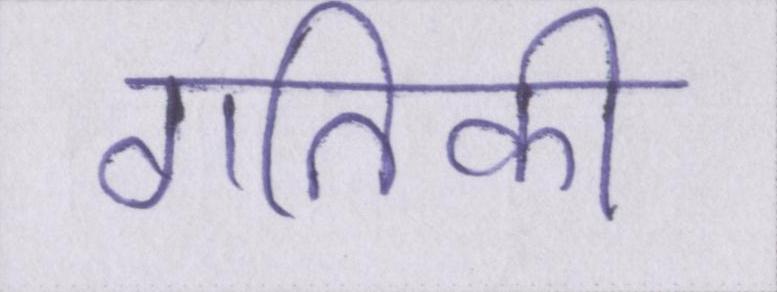
गतिकी